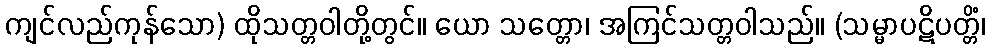
ကျင်လည်ကုန်သော) ထိုသတ္တဝါတို့တွင်။ ယော သတ္တော၊ အကြင်သတ္တဝါသည်။ (သမ္မာပဋိပတ္တိံ၊